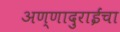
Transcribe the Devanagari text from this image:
अण्णादुराईंचा